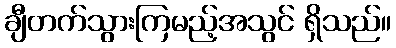
ချီတက်သွားကြမည့်အသွင် ရှိသည်။